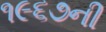
૧૯૬૭ની